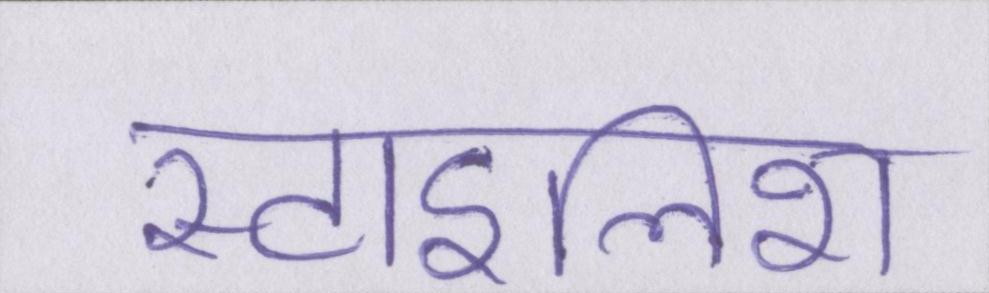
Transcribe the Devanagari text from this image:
स्टाइलिश